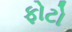
ફોટો